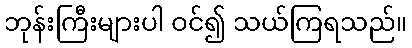
ဘုန်းကြီးများပါ ဝင်၍ သယ်ကြရသည်။